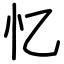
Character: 忆